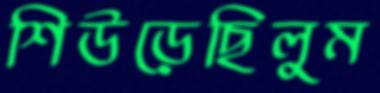
শিউড়েছিলুম